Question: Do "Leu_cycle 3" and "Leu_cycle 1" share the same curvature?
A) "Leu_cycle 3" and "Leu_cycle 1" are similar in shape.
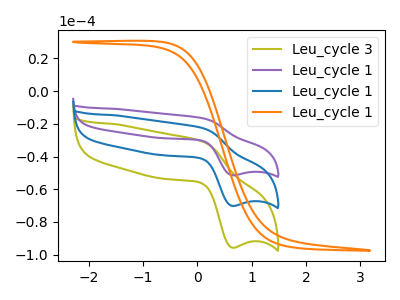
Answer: <think>The olive curve "Leu_cycle 3" has an anodic peak at (0.10V, -30.90uA) and a cathodic peak at (0.65V, -95.75uA). The purple curve "Leu_cycle 1" has an anodic peak at (0.10V, -45.35uA) and a cathodic peak at (0.65V, -140.40uA). The blue curve "Leu_cycle 1" has an anodic peak at (0.10V, -22.70uA) and a cathodic peak at (0.65V, -70.20uA). The orange curve "Leu_cycle 1" has no peaks.
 All the peaks in "Leu_cycle 3" have a peak in "Leu_cycle 1" at the same potential.</think>
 <answer>A) "Leu_cycle 3" and "Leu_cycle 1" are similar in shape.</answer>
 <eval>A</eval>